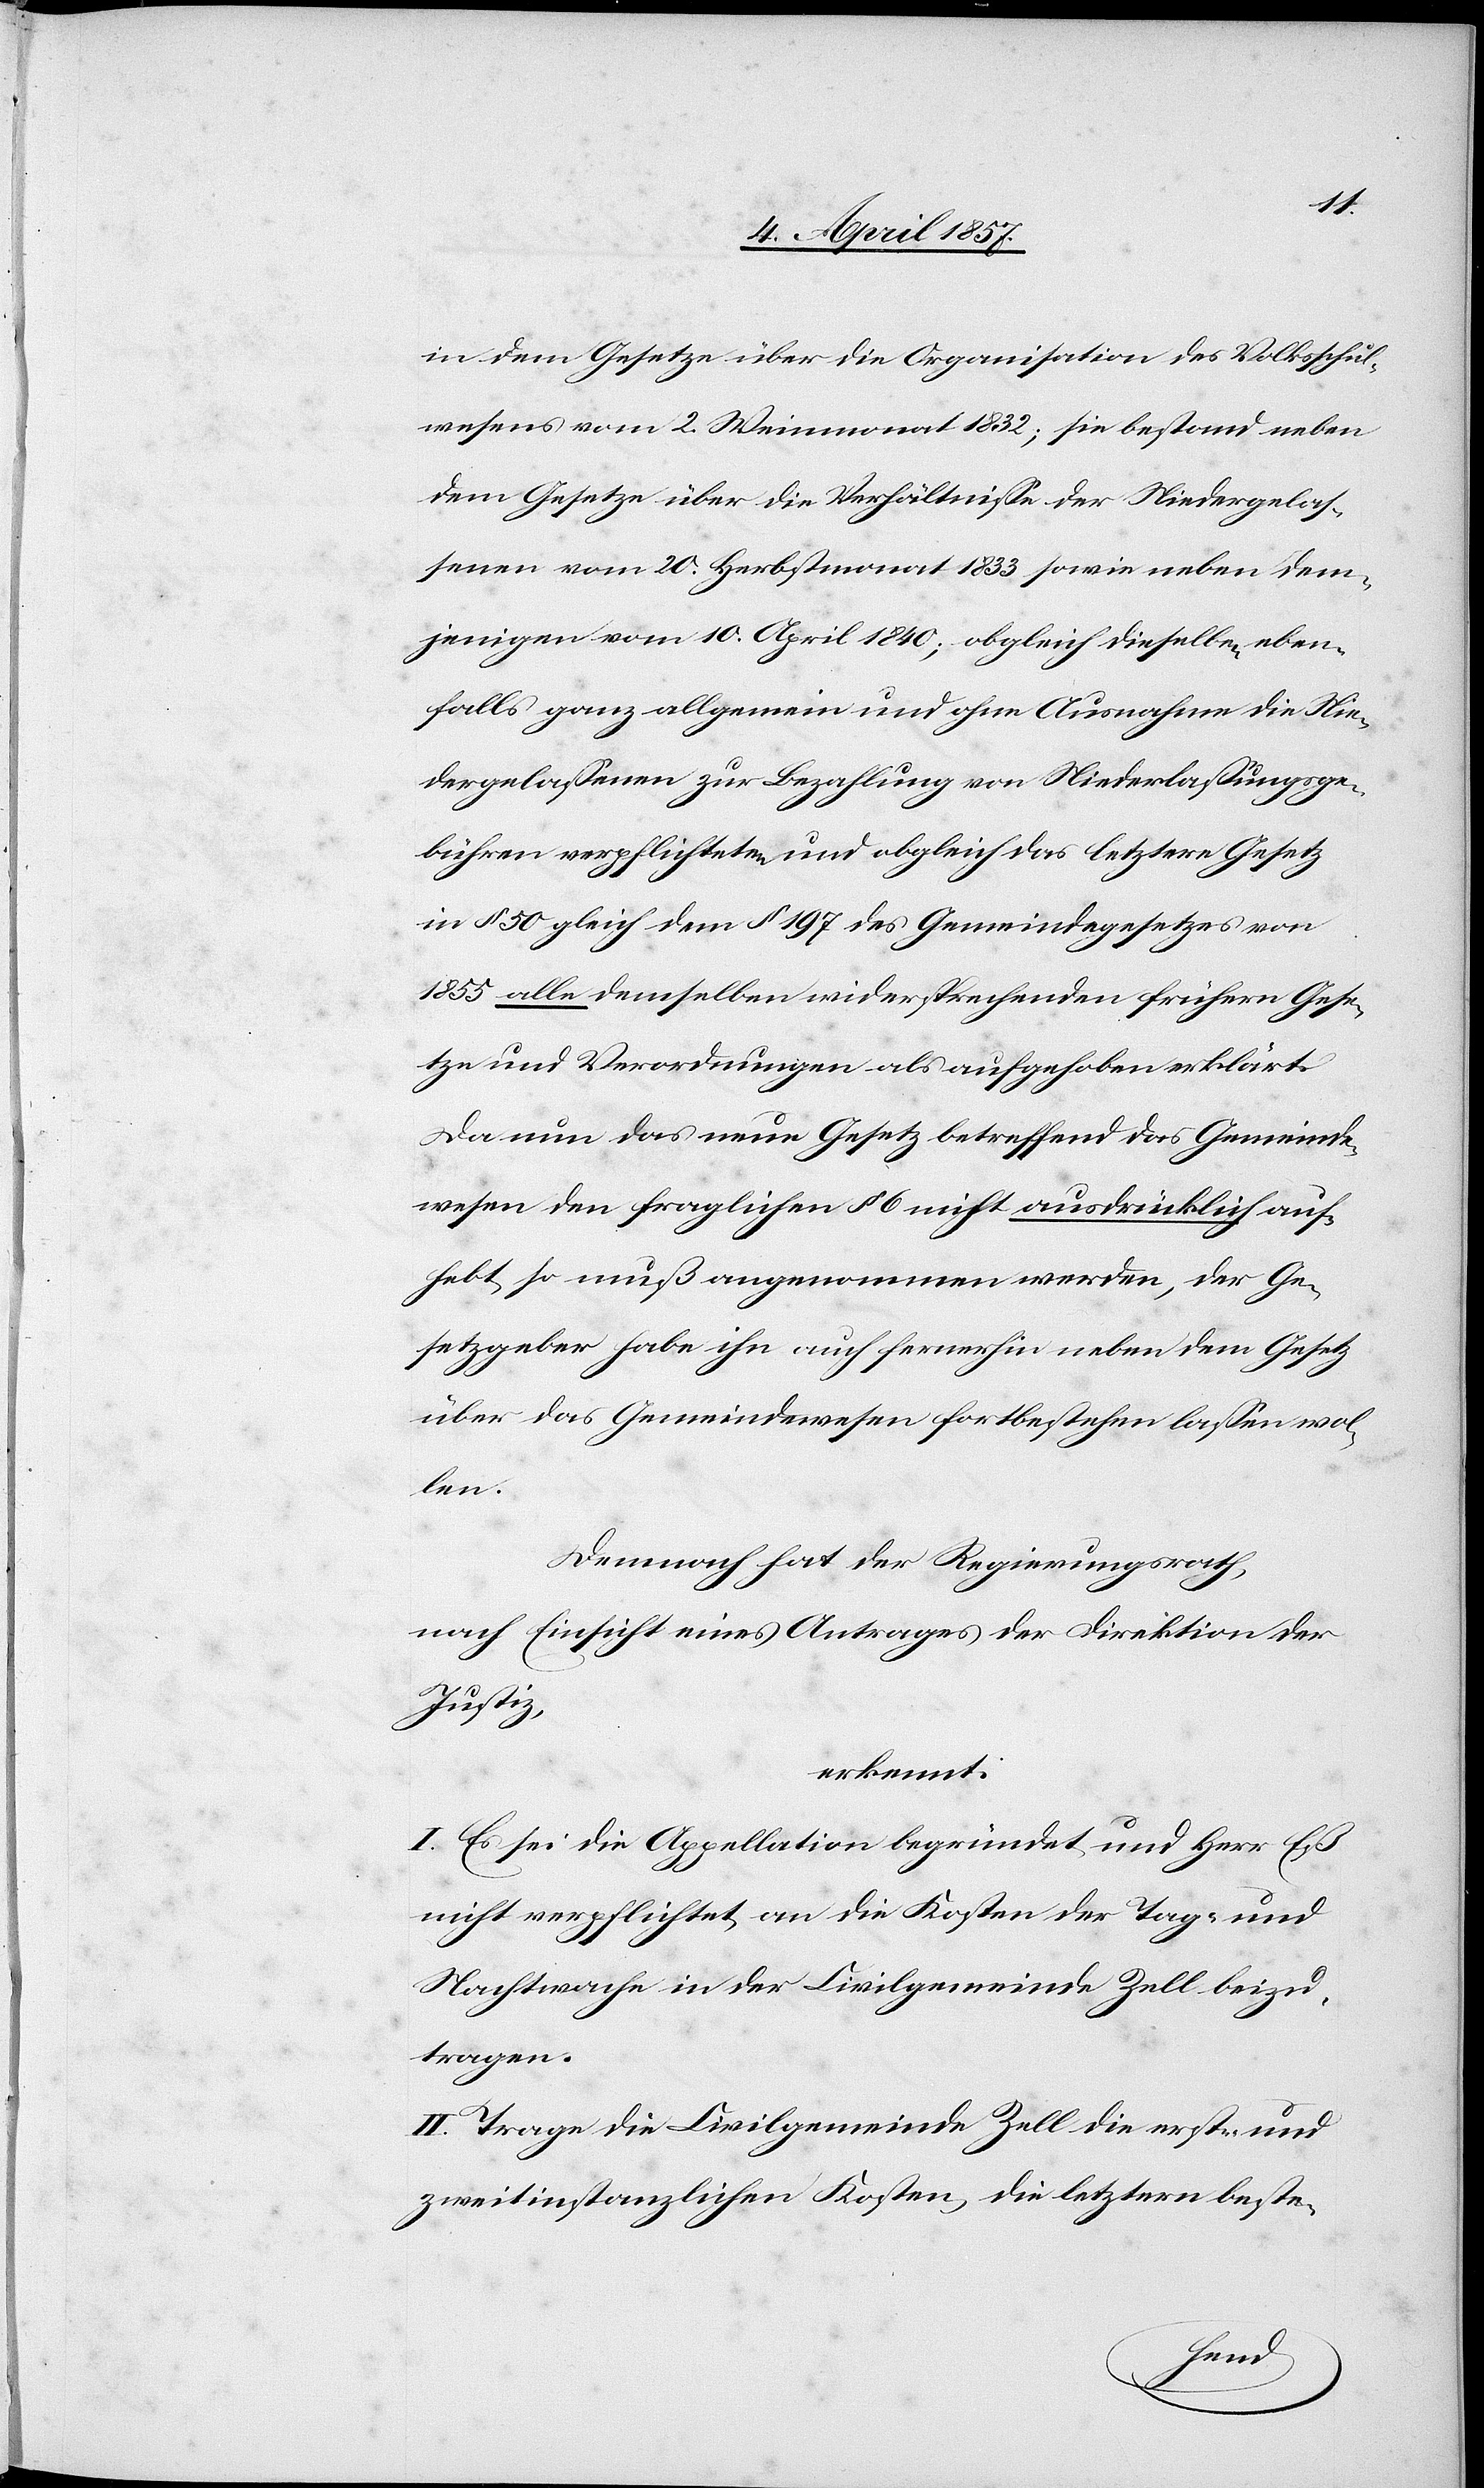
in dem Gesetze über die Organisation des Volksschul¬
wesens vom 2. Weinmonat 1832; sie bestand neben
dem Gesetze über die Verhältnisse der Niedergelas¬
senen vom 20. Herbstmonat 1833 sowie neben dem¬
jenigen vom 10. April 1840; obgleich dieselben eben¬
falls ganz allgemein und ohne Ausnahme die Nie¬
dergelassenen zur Bezahlung von Niederlassungsge¬
bühren verpflichteten und obgleich das letztere Gesetz
in § 50 gleich dem § 197 des Gemeindegesetzes von
1855 alle demselben widersprechenden frühern Gese¬
tze und Verordnungen als aufgehoben erklärt.
Da nun das neue Gesetz betreffend das Gemeinde¬
wesen den fraglichen § 6 nicht ausdrücklich auf¬
hebt so muß angenommen werden, der Ge¬
setzgeber habe ihn auch fernerhin neben dem Gesetz
über das Gemeindewesen fortbestehen lassen wol¬
len.
Demnach hat der Regierungsrath,
nach Einsicht eines Antrages der Direktion der
Justiz,
erkennt:
I. Es sei die Appellation begründet und Herr Eß
nicht verpflichtet an die Kosten der Tag- und
Nachtwache in der Civilgemeinde Zell beizu¬
tragen.
II. Trage die Civilgemeinde Zell die erst- und
zweitinstanzlichen Kosten, die letztern beste-